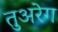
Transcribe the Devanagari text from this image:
तुअरेग